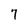
Character: 7